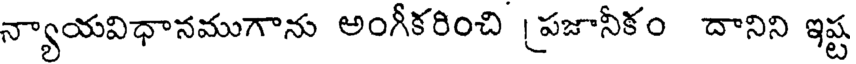
న్యాయవిధానముగాను అంగీకరించి [పజానీకం దానిని ఇష్ట